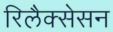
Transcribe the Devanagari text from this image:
रिलैक्सेसन